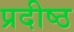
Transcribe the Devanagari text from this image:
प्रदीष्ठ